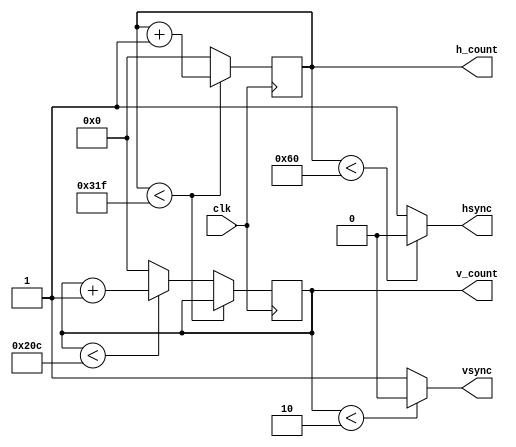
module vga_sync (
    input wire clk,
    output wire hsync,
    output wire vsync,
    output wire [9:0] h_count,
    output wire [9:0] v_count
);
    // VGA 640x480 @ 60Hz Timing Parameters
    localparam H_SYNC_CYC = 96;       // Horizontal sync pulse width
    localparam H_BACK_PORCH = 48;     // Horizontal back porch
    localparam H_ACTIVE_TIME = 640;   // Horizontal active video time
    localparam H_FRONT_PORCH = 16;    // Horizontal front porch
    localparam H_LINE = H_SYNC_CYC + H_BACK_PORCH + H_ACTIVE_TIME + H_FRONT_PORCH;

    localparam V_SYNC_CYC = 2;        // Vertical sync pulse width
    localparam V_BACK_PORCH = 33;     // Vertical back porch
    localparam V_ACTIVE_TIME = 480;   // Vertical active video time
    localparam V_FRONT_PORCH = 10;    // Vertical front porch
    localparam V_FRAME = V_SYNC_CYC + V_BACK_PORCH + V_ACTIVE_TIME + V_FRONT_PORCH;

    reg [9:0] h_counter = 0;
    reg [9:0] v_counter = 0;

    // Horizontal and vertical counters
    always @(posedge clk) begin
        if (h_counter < H_LINE - 1)
            h_counter <= h_counter + 1;
        else begin
            h_counter <= 0;
            if (v_counter < V_FRAME - 1)
                v_counter <= v_counter + 1;
            else
                v_counter <= 0;
        end
    end

    // Horizontal sync generation
    assign hsync = (h_counter < H_SYNC_CYC) ? 0 : 1;

    // Vertical sync generation
    assign vsync = (v_counter < V_SYNC_CYC) ? 0 : 1;

    // Output the current counters
    assign h_count = h_counter;
    assign v_count = v_counter;
endmodule